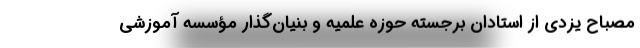
مصباح یزدی از استادان برجسته حوزه علمیه و بنیان‌گذار مؤسسه آموزشی